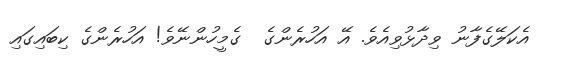
އެކަލޭގެފާނު ވިދާޅުވިއެވެ. އޭ އަހުރެންގެ  ގެމީހުންނޭވެ! އަހުރެންގެ ކިބައިގައި